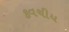
કવચીય